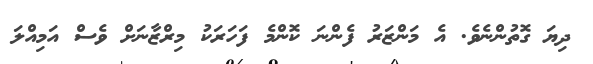
ދިޔަ ގޮތުންނެވެ. އެ މަންޒަރު ފެންނަ ކޮންމެ ފަހަރަކު މިރްޒާނަށް ވެސް އަމިއްލަ